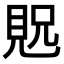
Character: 𫌝